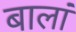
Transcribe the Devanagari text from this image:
बालां